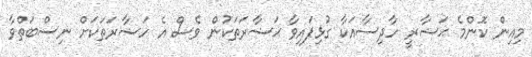
މިއިން ކޮންމެ ޙަޟާރީ ހާދިސާއަކާ ގުޅިފައިވާ ޙަޟާރަތަކުން ވެސް އެ ހަޟާރަތަކަށް ނިސްބަތްވާ